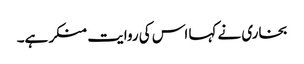
بخاری نے کہا اس کی روایت منکر ہے۔